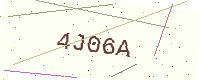
Text: 4J06A